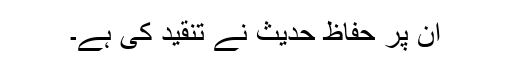
ان پر حفاظِ حدیث نے تنقید کی ہے۔